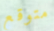
متوقع